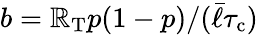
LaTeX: b=\mathbb{R}_{\mathrm{{T}}}p(1-p)/(\bar{{\ell}}{\tau_{\mathrm{{c}}}})